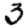
Digit: 3